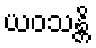
ယဝသန္တိ